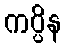
ကပ္ပိန